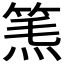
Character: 𥮿